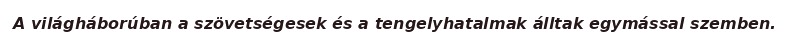
A világháborúban a szövetségesek és a tengelyhatalmak álltak egymással szemben.